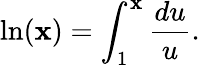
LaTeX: \ln(\mathbf{x})=\int_{1}^{\mathbf{x}}{\frac{{du}}{{u}}}.